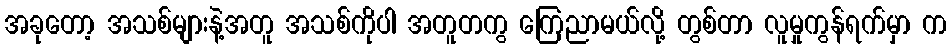
အခုတော့ အသစ်များနဲ့အတူ အသစ်ကိုပါ အတူတကွ ကြေညာမယ်လို့ တွစ်တာ လူမှုကွန်ရက်မှာ က